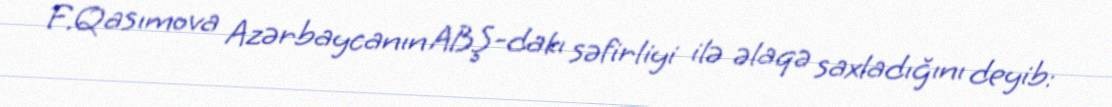
F.Qasımova Azərbaycanın ABŞ-dakı səfirliyi ilə əlaqə saxladığını deyib: